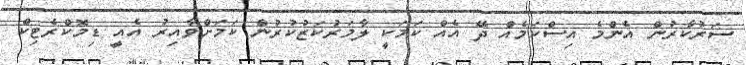
ސަރުކާރުން އެންމެ އިސްކަމެއް ދޭ އެއް ކަމަކީ ލާމަރުކަޒުކުރުން ކަމަށްވާއިރު އެއީ ޑިމޮކްރެޓިކް